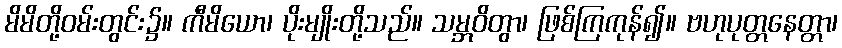
မိမိတို့ဝမ်းတွင်း၌။ ကီမိယော၊ ပိုးမျိုးတို့သည်။ သမ္ဘဝိတွာ၊ ဖြစ်ကြကုန်၍။ ဗဟုပုတ္တနေတ္တာ၊